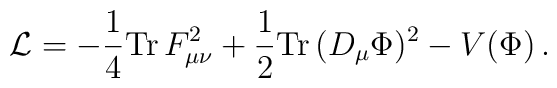
{\cal L} = -{1\over 4} {\rm Tr}\,F_{\mu\nu}^2         + {1\over 2}{\rm Tr}\, (D_\mu\Phi)^2   -V(\Phi)  \, .